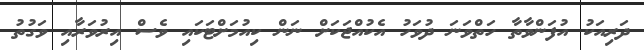
ދަރިއަކު އުފަންވާތާ ހަތްވަނަ ދުވަހު އެކުއްޖަކަށް ނަން ކިއުމަށްޓަކައި ވެސް އިރުވަރާއި ވަގުތު